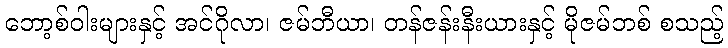
ဘော့စ်ဝါးများနှင့် အင်ဂိုလာ၊ ဇမ်ဘီယာ၊ တန်ဇန်းနီးယားနှင့် မိုဇမ်ဘစ် စသည့်